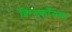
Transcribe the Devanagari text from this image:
किंगकाँगचा